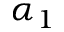
\alpha _ { 1 }